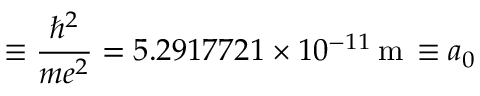
\equiv \frac { \hbar ^ { 2 } } { m e ^ { 2 } } = 5 . 2 9 1 7 7 2 1 \times 1 0 ^ { - 1 1 } \, \mathrm { m } \, \equiv a _ { 0 }